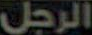
الرجل